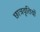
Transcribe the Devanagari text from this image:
छात्रवृतियों